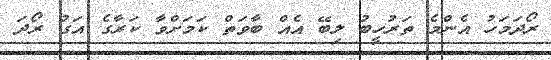
ރޯދަމަހު އެންމެ ތަރުހީބު ލިބޭ އެއް ބާވަތް ކަމަށްވާ ކަރާގެ އަގު ރޯދަ